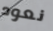
نعود